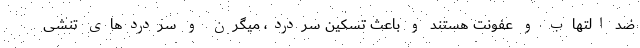
ضد التهاب و عفونت هستند و باعث تسکین سردرد، میگرن و سردرد‌های تنشی